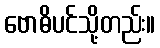
ဗောဓိပင်သို့တည်း။